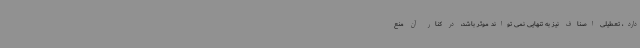
دارد، تعطیلی اصناف نیز به تنهایی نمی تواند موثر باشد، در کنار آن منع